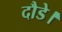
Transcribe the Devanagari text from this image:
दौडे।